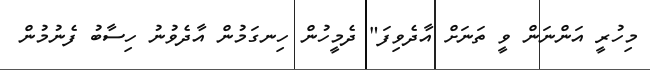
މިހުރީ އަންނަން ވީ ތަނަށް އާދެވިފަ" ދެމީހުން ހިނގަމުން އާދެވުނު ހިސާބު ފެނުމުން